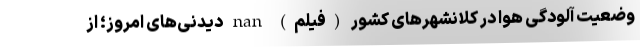
وضعیت آلودگی هوا در کلانشهرهای کشور (فیلم) nan دیدنی‌های امروز؛ از